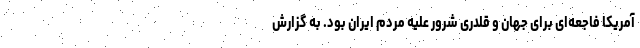
آمریکا فاجعه‌ای برای جهان و قلدری شرور علیه مردم ایران بود. به گزارش